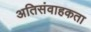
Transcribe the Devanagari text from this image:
अतिसंवाहकता